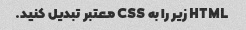
HTML زیر را به CSS معتبر تبدیل کنید.